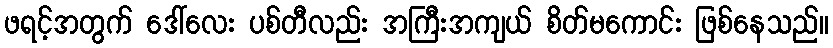
ဖရင့်အတွက် ဒေါ်လေး ပစ်တီလည်း အကြီးအကျယ် စိတ်မကောင်း ဖြစ်နေသည်။